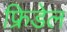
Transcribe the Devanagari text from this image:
फ्रिडेल